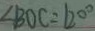
\angle B O C = 1 2 0 ^ { \circ }